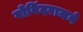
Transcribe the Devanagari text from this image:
गोविंदराजने